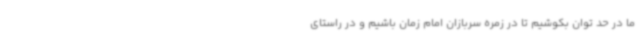
ما در حد توان بکوشیم تا در زمره سربازان امام زمان باشیم و در راستای